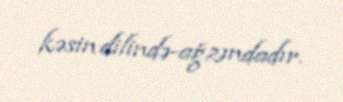
kəsin dilində-ağzındadır.